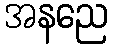
အနညေ